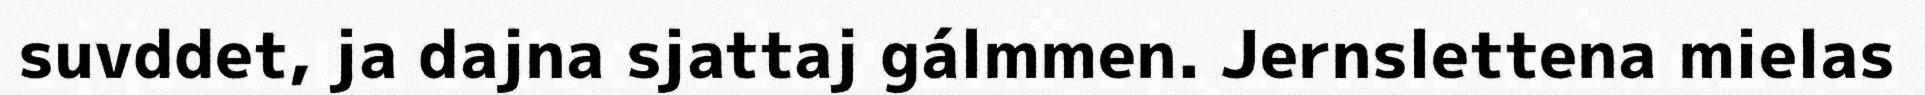
suvddet, ja dajna sjattaj gálmmen. Jernslettena mielas